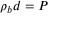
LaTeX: \rho _ { b } d = P